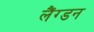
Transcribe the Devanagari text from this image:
लैंग्डन